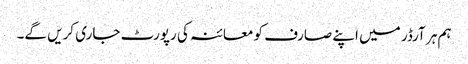
ہم ہر آرڈر میں اپنے صارف کو معائنہ کی رپورٹ جاری کریں گے۔